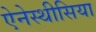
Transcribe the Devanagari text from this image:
ऐनेस्थीसिया